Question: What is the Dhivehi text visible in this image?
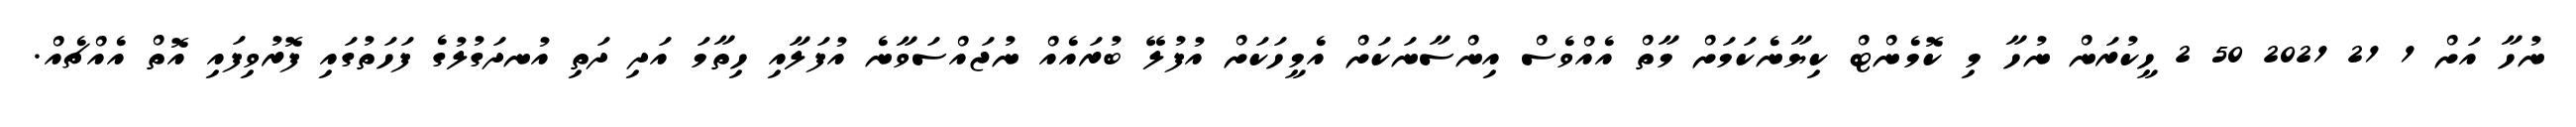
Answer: ނުހާ އަށް 1 21 2021 50 2 ހީކުރަން ނުހާ މި ކޮމެންޓް ކިޔާނެކަމަށް މާތް އެއްވެސް އިންސާނަކަށް އެމީހަކަށް އުފުލޭ ބުރައެއް ނުޖައްސަވާނެ އުފަލާއި ހިތާމަ އަދި ދަތި އުނދަގުލުގެ ފަހަތުގައި ފޮރުވިފައި އޮތް އެއްޗެއް.